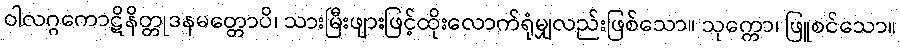
ဝါလဂ္ဂကောဋိနိတ္တုဒနမတ္တောပိ၊ သားမြီးဖျားဖြင့်ထိုးလောက်ရုံမျှလည်းဖြစ်သော။ သုက္ကော၊ ဖြူစင်သော။